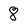
Character: 8